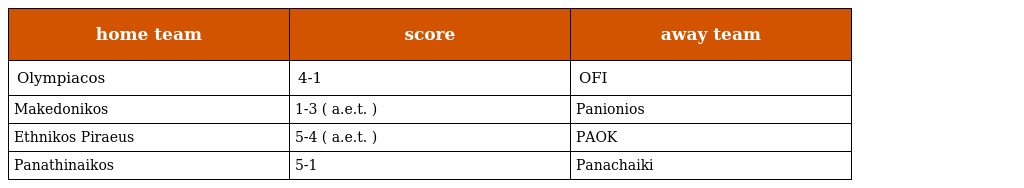
| home team | score | away team |
 | --- | --- | --- |
 | Olympiacos | 4-1 | OFI |
 | Makedonikos | 1-3 ( a.e.t. ) | Panionios |
 | Ethnikos Piraeus | 5-4 ( a.e.t. ) | PAOK |
 | Panathinaikos | 5-1 | Panachaiki |